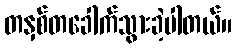
တနှစ်တခေါက်သွားခဲ့ပါတယ်။